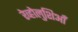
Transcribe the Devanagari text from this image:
रेव्होलुशिआँ